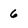
Character: 6